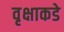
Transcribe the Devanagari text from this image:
वृक्षाकडे